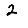
Digit: 2